Sanitation, dispensaries and jails vaccination Rajputana 1922-1927 - 1922-1927
Year: 1922
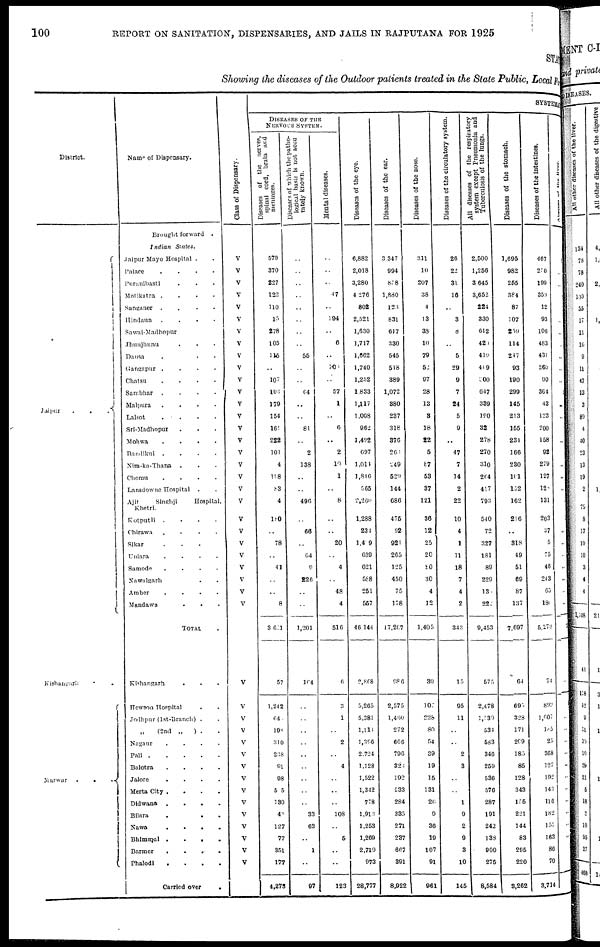
100
REPORT ON SANITATION, DISPENSARIES, AND JAILS IN RAJPUTANA FOR 1925
STAT
Showing the diseases of the Outdoor patients treated in the State Public, Local fund
District.
Jaipur...
Kishangarh ..
Marwar
. . .
Name of Dispensary.
Braught
forward.
Indian
States.
Jaipur Mayo Hospital .
Palace
....
Puranibasti ....
Motikatra....
Sanganer....
Hindaun....
Sawai-Madhopur
Jhunjhunu....
Dausa ...
Gangapur ....
Chatsu
....
Sambhar .. ..
Malpura ....
Lalsot
....
Sri-Madhopur ...
Mohwa
.
.
.
.
Bandikui
.
.
.
.
Nim-ka-Thana ...
Chomu
.
.
.
.
Lansdowne Hospital ..
Ajit
Singhji
Hospital,
Khetri.
Kotputli
.
.
.
.
Chirawa
.
.
.
.
Sikar ...
Uniara
.
.
.
.
Samode
.
.
.
.
Nawalgarh ..
Amber
.
.
.
.
Mandawa
...
TOTAL .
Kishangarh ...
Hewson Hospital ..
Jodhpur (1st-Branch) ..
„ (2nd
„
) ..
Nagaur
.
.
.
.
Pali
Balotra
.
.
.
.
Jalore
.
.
.
.
Merta City .
.
.
.
Didwana
.
.
.
.
Bilara
...
Nawa
.
.
.
.
Bhimmal
.
.
.
.
Barmer
.
.
.
.
Phalodi
.
.
.
.
Carried over
.
Class of Dispensary.
V
V
V
V
V
V
V
V
V
V
V
V
V
V
V
V
V
V
V
V
V
V
V
V
V
V
V
V
V
V
V
V
V
V
V
V
V
V
V
V
V
V
V
V
SYSTEMATIC
DISEASES OF THE
NERVOUS SYSTEM.
Diseases of the
nerves.
spinal cord brain and
meninges.
579
370
227
122
110
l5
278
105
115
..
107
103
179
154
161
222
101
4
198
83
4
180
..
78
..
41
..
..
8
3621
57
1,242
64
198
310
238
91
98
5 5
130
46
127
77
351
177
4,273
Diseases of which the patho-
logical
basis is not accu
rately known.
..
..
..
..
..
..
..
..
55
..
..
64
..
..
81
..
2
138
..
..
496
..
66
..
64
9
226
..
..
1,201
164
..
..
..
..
..
..
..
..
..
33
63
..
1
..
97
Mental diseases.
..
..
..
47
..
194
..
6
..
10
..
57
1
..
6
..
2
10
1
..
8
..
..
20
..
4
..
48
4
516
6
3
1
..
2
..
4
..
..
..
108
..
5
..
..
123
Diseases of the eye.
6,882
2,018
3,280
4276
802
2,521
1,630
1,717
1,662
1,740
1,252
1.833
1,117
1,008
962
1,492
697
1,014
1,846
565
2,260
1,288
234
1,409
639
621
588
251
557
46 144
2,808
5,265
5,381
1,111
1,396
2,724
1,128
1,522
1,342
778
1,913
1,253
1,269
2,719
973
28,777
Diseases of the ear.
3,347
994
858
1,880
123
831
617
330
545
518
389
1,072
380
237
318
376
266
249
529
144
686
475
92
921
265
125
450
75
178
17,267
986
2,575
1,460
272
666
796
323
192
533
284
335
271
237
667
391
8,922
Diseases of the nose.
311
10
207
38
4
13
33
10
79
52
97
28
13
3
18
22
5
87
53
37
121
36
12
25
20
20
30
4
12
1,405
30
107
228
80
54
39
19
15
131
26
9
36
19
107
91
961
Diseases of the circulatory system.
26
22
31
16
..
3
8
..
5
29
9
7
24
5
9
..
47
7
14
2
22
10
4
1
11
18
7
4
2
343
15
95
11
..
..
2
3
..
..
1
9
2
9
3
10
145
All diseases of the respiratory
system except Pneumonia and
Tuberculosis of the lungs.
2,500
1,256
3,645
3,652
224
330
612
420
419
409
300
647
339
190
32
278
270
310
264
417
793
540
72
327
181
89
229
13
222
9,453
575
2,478
1,539
534
583
346
259
536
576
287
191
242
138
900
275
8,584
Diseases of the stomach.
1,695
982
255
384
87
107
259
114
247
93
190
299
145
213
155
234
166
230
101
152
162
216
..
318
49
51
69
87
137
7,697
64
695
328
171
209
185
85
128
343
l55
221
144
83
295
220
3,262
Diseases of the intestines.
467
250
199
359
12
93
106
483
431
269
90
364
43
123
200
158
92
279
127
120
131
203
37
5
75
46
243
65
180
5,273
74
899
1,007
185
25
368
127
192
143
116
182
151
163
86
70
3,714
Abscess
of
the
liver.
..
..
..
..
..
..
..
..
..
..
..
..
..
..
..
..
..
..
..
..
..
..
..
..
..
..
..
..
..
..
..
..
..
..
..
..
..
..
..
..
..
..
..
..
..
..